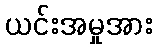
ယင်းအမှုအား